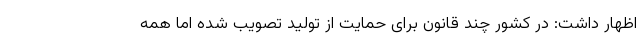
اظهار داشت: در کشور چند قانون برای حمایت از تولید تصویب شده اما همه